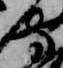
守